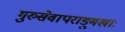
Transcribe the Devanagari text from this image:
गुरुसेवापराङ्मुखाः